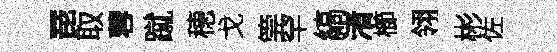
琵取蓉蹴穂戈筦罕縞渚櫛翎彬佐